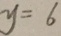
y = 6